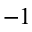
^ { - 1 }